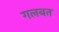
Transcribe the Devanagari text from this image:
गलबत